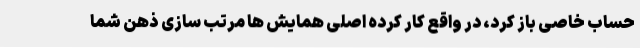
حساب خاصی باز کرد، در واقع کار کرده اصلی همایش ها مرتب سازی ذهن شما